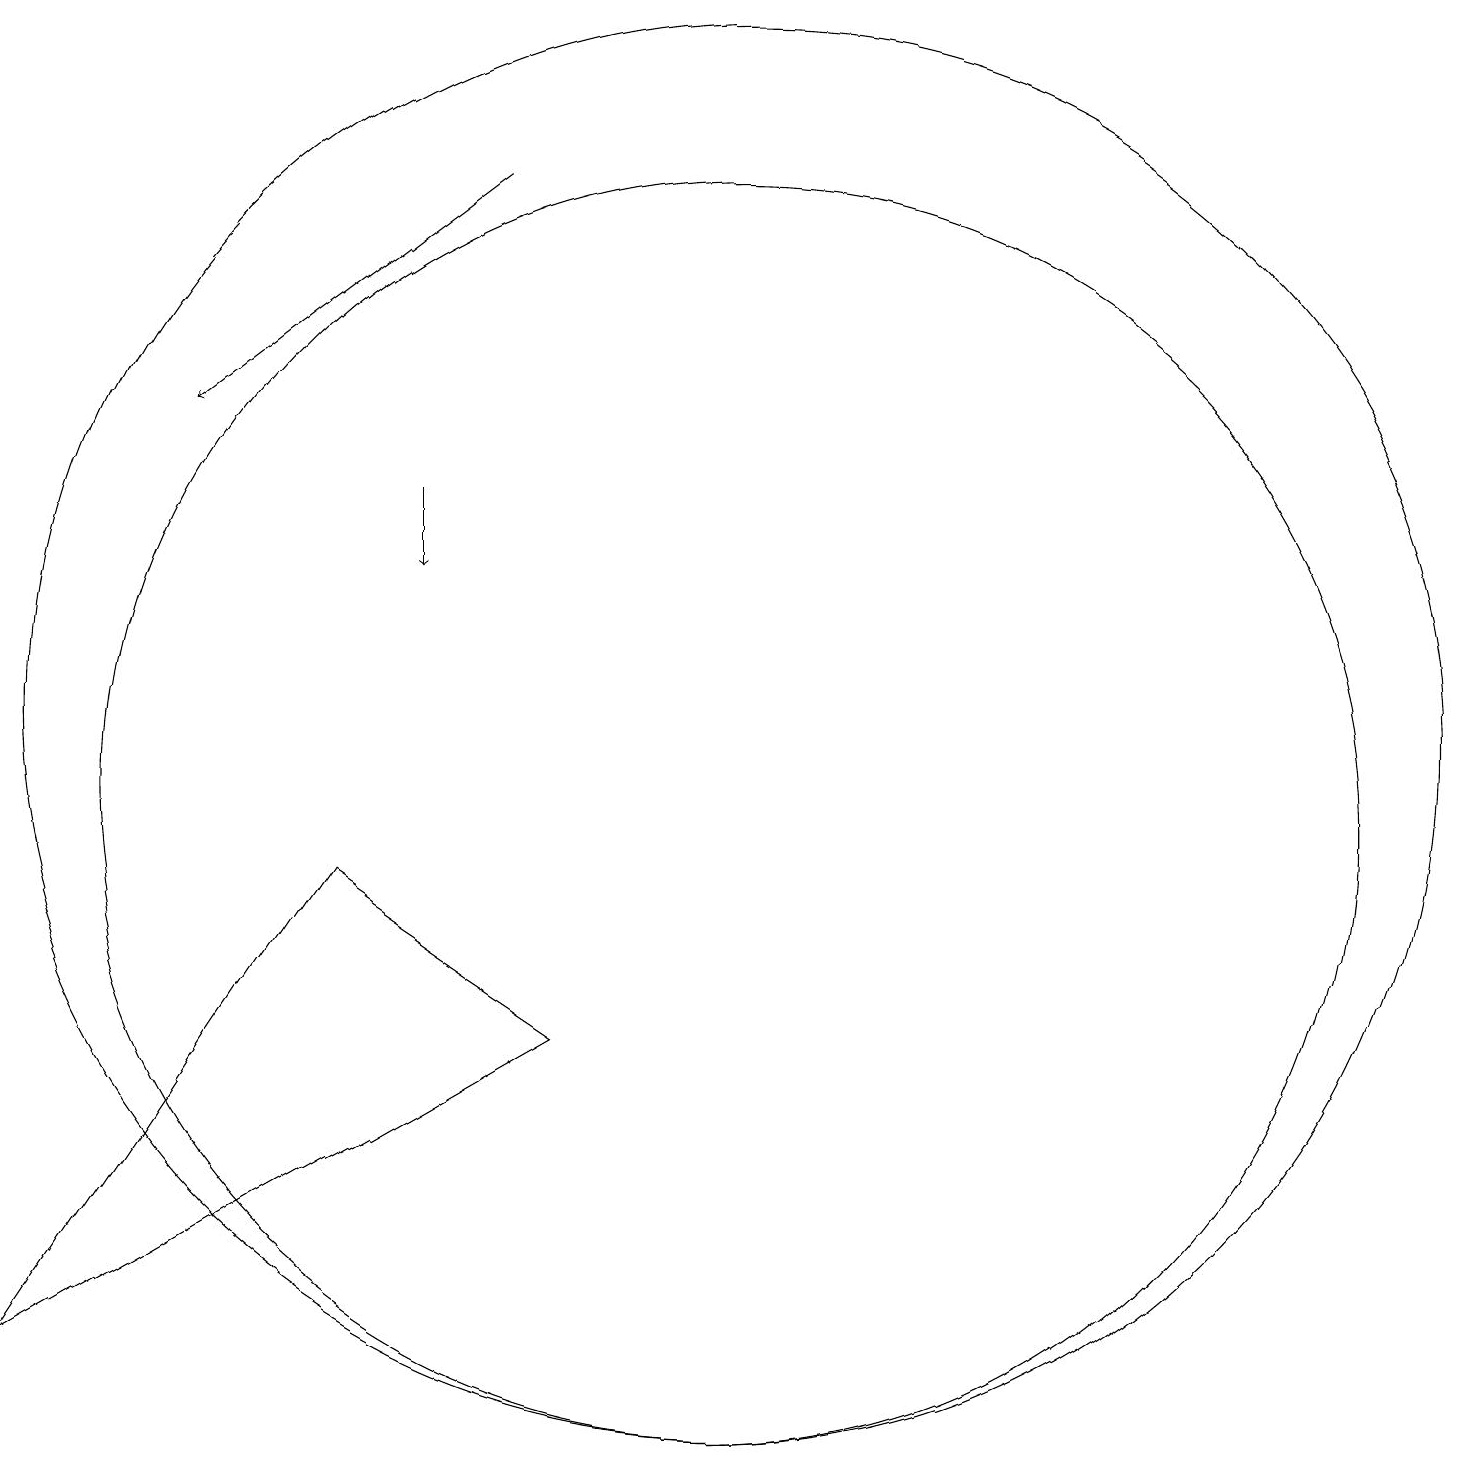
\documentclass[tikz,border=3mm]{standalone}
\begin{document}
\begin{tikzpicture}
\draw[->] (7,18) -- (3,15);
\draw[->] (6,14) -- (6,13);
\draw (10,10) circle (8);
\draw (1,3) -- (5,9) -- (8,7) -- cycle;
\draw (10,11) circle (9);
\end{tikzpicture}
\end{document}